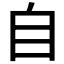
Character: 自